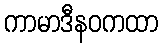
ကာမာဒီနဝကထာ